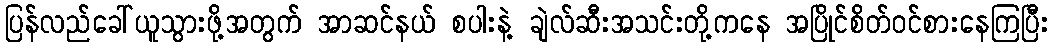
ပြန်လည်ခေါ်ယူသွားဖို့အတွက် အာဆင်နယ် စပါးနဲ့ ချဲလ်ဆီးအသင်းတို့ကနေ အပြိုင်စိတ်ဝင်စားနေကြပြီး